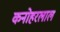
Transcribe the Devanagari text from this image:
कनोहरलाल